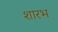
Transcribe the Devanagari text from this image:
शारभ